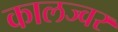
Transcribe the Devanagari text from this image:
कालज्वर